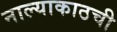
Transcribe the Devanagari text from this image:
नाल्याकाठची